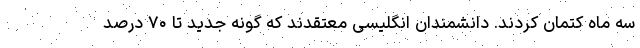
سه ماه کتمان کردند. دانشمندان انگلیسی معتقدند که گونه جدید تا ۷۰ درصد